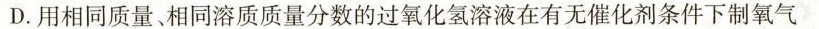
D.用相同质量、相同溶质质量分数的过氧化氢溶液在有无催化剂条件下制氧气